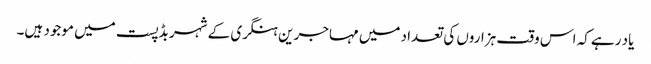
یاد رہے کہ اس وقت ہزاروں کی تعداد میں مہاجرین ہنگری کے شہر بڈپست میں موجود ہیں۔